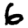
Digit: 6